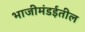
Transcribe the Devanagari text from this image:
भाजीमंडईतील